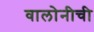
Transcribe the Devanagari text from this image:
वालोनीची